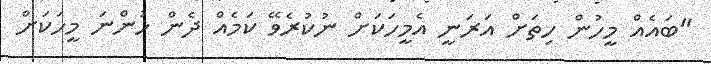
"ބައެއް މީހުން ހިތަށް އަރަނީ އެމީހަކަށް ނުކުރެވޭ ކަމެއް ދެން ހުންނަ މީހަކަށް